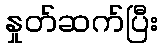
နှုတ်ဆက်ပြီး